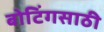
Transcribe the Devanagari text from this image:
बोटिंगसाठी